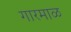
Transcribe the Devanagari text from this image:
गारमाळ